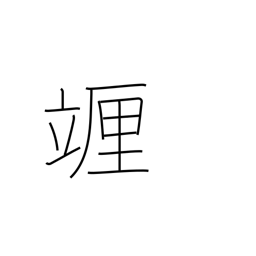
Meaning: centilitre